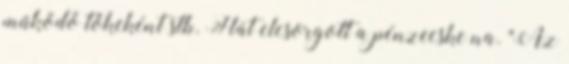
működő tőkeként stb. Hát elcsorgott a pénzecske na. "Az